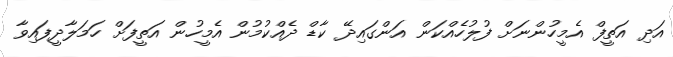
އަދި އަތީފް އެމީހުންނަށް ފުލުހެއްކަން އަންގައިދޭ ކާޑް ދެއްކުމުން އެމީހުން އަތީފަށް ހަމަލާދީފައިވާ